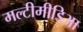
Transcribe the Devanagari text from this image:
मल्टीमीडिआ